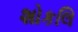
શોકલિ